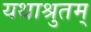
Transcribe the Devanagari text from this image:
यथाश्रुतम्